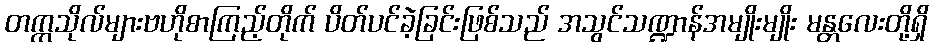
တက္ကသိုလ်များဗဟိုစာကြည့်တိုက် ပိတ်ပင်ခဲ့ခြင်းဖြစ်သည် အသွင်သဏ္ဍာန်အမျိုးမျိုး မန္တလေးတို့ရှိ